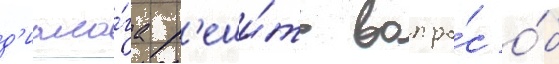
д'иало́га р'еши́ть вопро́с о́б